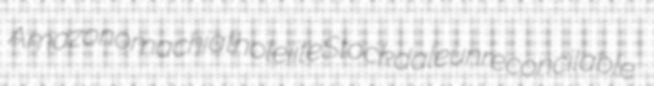
Amazonomachia tholeiite Stockdale unreconcilable